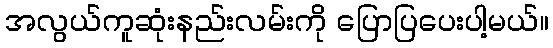
အလွယ်ကူဆုံးနည်းလမ်းကို ပြောပြပေးပါ့မယ်။